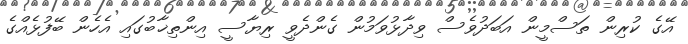
އޭގެ ކުރިން ތަސްމީން އަބަދުވެސް ވިދާޅުވަމުން ގެންދެވީ ރިޔާސީ އިންތިޚާބުގައި އެހެން ބޭފުޅެއްގެ